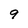
Character: 9